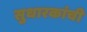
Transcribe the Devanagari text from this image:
सुधारकांची